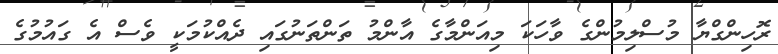
ރޮހިންގްޔާ މުސްލިމުންގެ ވާހަކަ މިއަންމާގެ އާންމު ތަންތަނުގައި ދެއްކުމަކީ ވެސް އެ ގައުމުގެ